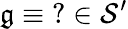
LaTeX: \mathfrak{g}\equiv\operatorname{\mathrm{{?}}}\in{\mathcal{{S}}}^{\prime}